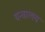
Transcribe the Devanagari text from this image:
यन्त्रालय